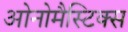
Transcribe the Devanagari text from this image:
ओनोमैस्टिक्स